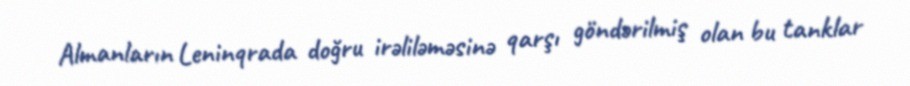
Almanların Leninqrada doğru irəliləməsinə qarşı göndərilmiş olan bu tanklar